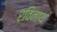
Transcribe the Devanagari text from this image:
रविनाथ